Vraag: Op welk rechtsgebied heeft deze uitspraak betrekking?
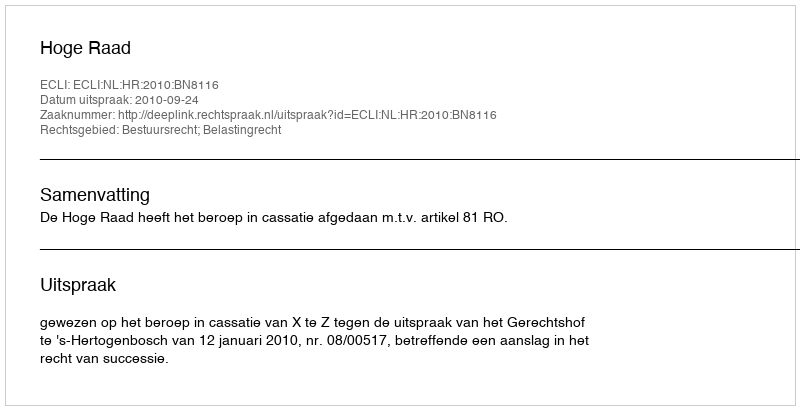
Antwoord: Bestuursrecht; Belastingrecht